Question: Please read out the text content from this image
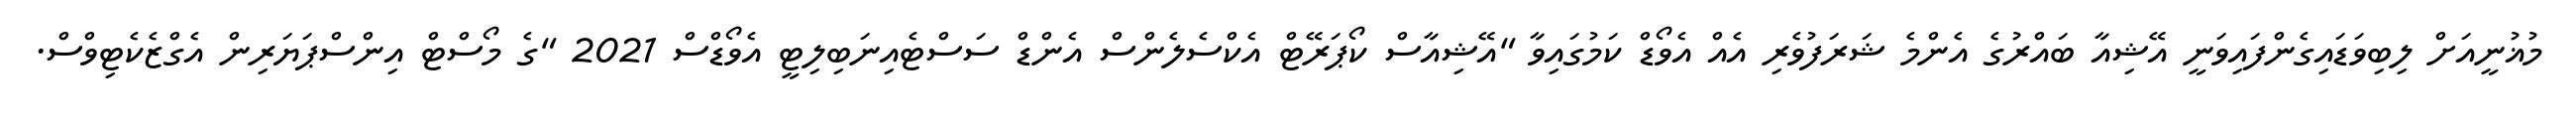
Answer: މުޣުނީއަށް ލިބިވަޑައިގެންފައިވަނީ އޭޝިއާ ބައްރުގެ އެންމެ ޝަރަފުވެރި އެއް އެވޯޑް ކަމުގައިވާ "އޭޝިއާސް ކޯޕަރޭޓް އެކްސެލެންސް އެންޑް ސަސްޓެއިނަބިލިޓީ އެވޯޑްސް 2021 "ގެ މޯސްޓް އިންސްޕަޔަރިން އެގްޒެކެޓިވްސް.